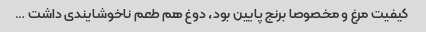
کیفیت مرغ و مخصوصا برنج پایین بود، دوغ هم طعم ناخوشایندی داشت …